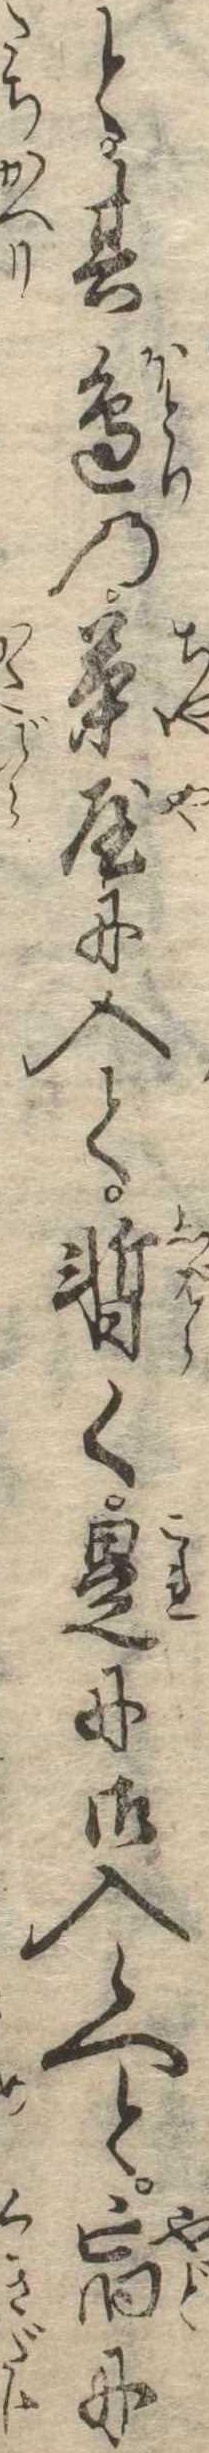
と其辺の茶屋に入て暫く是に御入候へと宿に